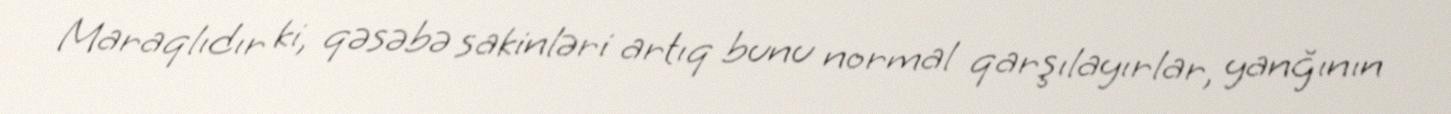
Maraqlıdır ki, qəsəbə sakinləri artıq bunu normal qarşılayırlar, yanğının